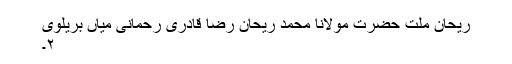
ریحان ملت حضرت مولانا محمد ریحان رضا قادری رحمانی میاں بریلوی
۲۔